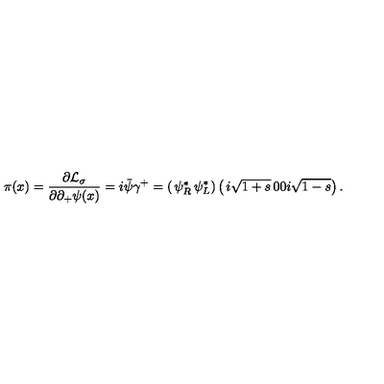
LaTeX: \pi ( x ) = { \frac { \partial { \cal L } _ { \sigma } } { \partial \partial _ { + } \psi ( x ) } } = i \bar { \psi } \gamma ^ { + } = \left( \begin{matrix} { \psi _ { R } ^ { * } } & { \psi _ { L } ^ { * } } \\ \end{matrix} \right) \left( \begin{matrix} { i \sqrt { 1 + s } } & { 0 } \\ { 0 } & { i \sqrt { 1 - s } } \\ \end{matrix} \right) .